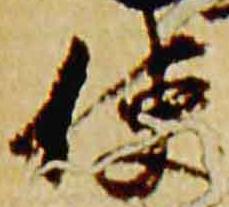
使